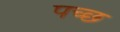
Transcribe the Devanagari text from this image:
पच्छ